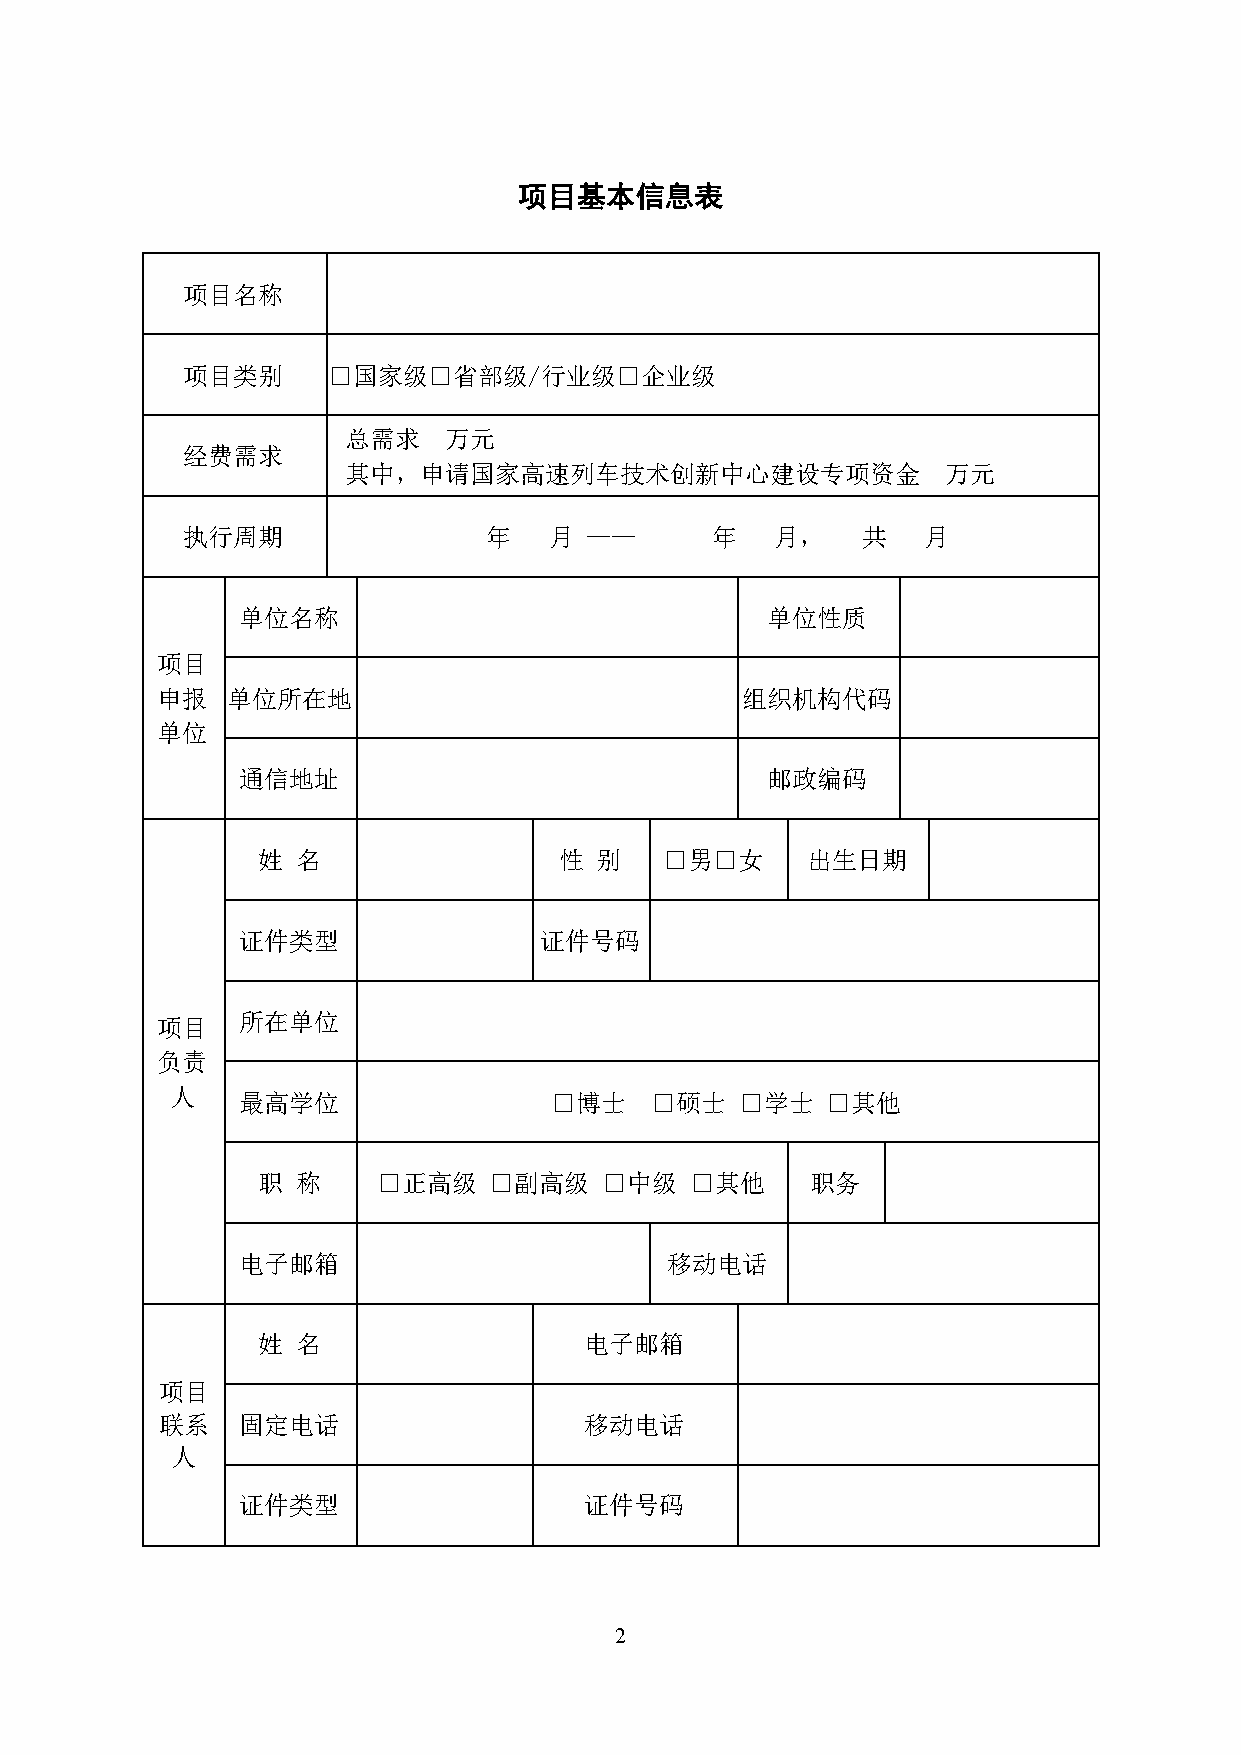
项目基本信息表
 项目名称
 项目类别      □国家级□省部级/行业级□企业级
 总需求   万元
 经费需求
 其中，申请国家高速列车技术创新中心建设专项资金                 万元
 执行周期                年   月  ——      年   月，    共   月
 单位名称                               单位性质
 项目
 申报   单位所在地                             组织机构代码
 单位
 通信地址                               邮政编码
 姓  名                性 别    □男□女     出生日期
 证件类型                证件号码
 项目    所在单位
 负责
 人    最高学位                □博士    □硕士   □学士   □其他
 职  称    □正高级   □副高级    □中级   □其他     职务
 电子邮箱                        移动电话
 姓  名                  电子邮箱
 项目
 联系    固定电话                   移动电话
 人
 证件类型                   证件号码
 2